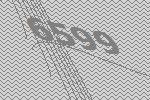
6599